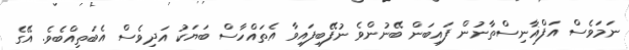
ނަމަވެސް އަފްޣާނިސްތާނުން ފައިބަން ބޭނުންވެ ނުފޭބިފައިވާ އެތައްހާސް ބަޔަކު އަދިވެސް އެބަތިއްބެވެ. އޭގެ